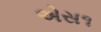
એસ૧